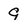
Character: g